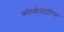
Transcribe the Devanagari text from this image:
कॉम्बीनेटॉरिक